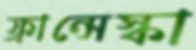
ফ্রান্সেস্কা